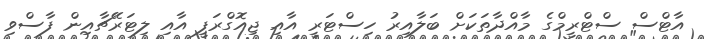
އާޓްސް ސްޓްރީމްގެ މާއްދާތަކަށް ބަލާއިރު ހިސްޓަރީ އާއި ޖިއޮގްރަފީ އާއި ލިޓަރޭޗާއިން ފާސްވި